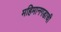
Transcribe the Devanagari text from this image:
महिमानगडाची